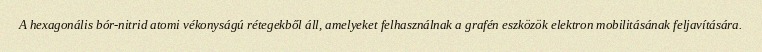
A hexagonális bór-nitrid atomi vékonyságú rétegekből áll, amelyeket felhasználnak a grafén eszközök elektron mobilitásának feljavítására.